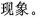
现象。